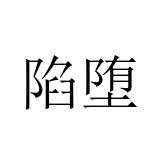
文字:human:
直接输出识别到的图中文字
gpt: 陷堕